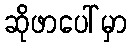
ဆိုဖာပေါ်မှာ